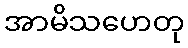
အာမိသဟေတု